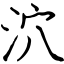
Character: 泬